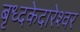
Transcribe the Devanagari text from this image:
बृध्दकेदारेश्वर